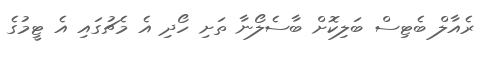
ރެއާލް ބެޓިސް ބަލިކޮށް ބާސެލޯނާ ތަށި ހޯދި އެ މެޗުގައި އެ ޓީމުގެ